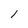
Character: 1